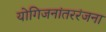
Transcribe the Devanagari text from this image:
योगिजनांतररंजना